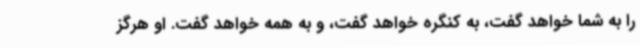
را به شما خواهد گفت، به کنگره خواهد گفت، و به همه خواهد گفت. او هرگز